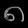
Digit: ၈